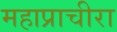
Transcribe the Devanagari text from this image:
महाप्राचीरा